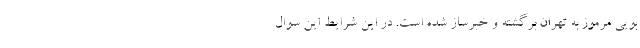
بویی مرموز به تهران برگشته و خبرساز شده است. در این شرایط این سوال